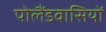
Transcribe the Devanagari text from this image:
पोलैंडवासियों